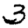
Digit: 3